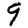
Digit: 9